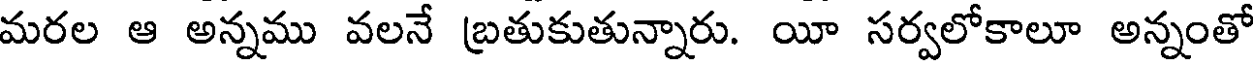
మరల ఆ అన్నము వలనే బ్రతుకుతున్నారు. యీ సర్వలోకాలూ అన్నంతో